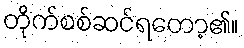
တိုက်စစ်ဆင်ရတော့၏။